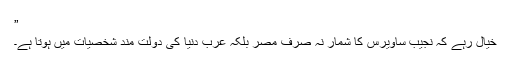
”
خیال رہے کہ نجیب ساویرس کا شمار نہ صرف مصر بلکہ عرب دنیا کی دولت مند شخصیات میں ہوتا ہے۔